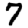
Digit: 7